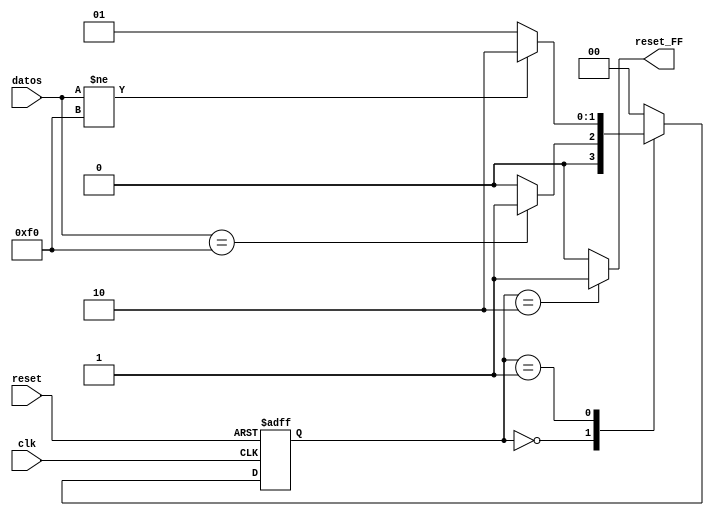
`timescale 1ns / 1ps
//////////////////////////////////////////////////////////////////////////////////
// Company: 
// Engineer: 
// 
// Design Name: 
// Module Name:    FSM_Detector_de_F0 
// Project Name: 
// Target Devices: 
// Tool versions: 
// Description: 
//
// Dependencies: 
//
// Revision: 
// Revision 0.01 - File Created
// Additional Comments: 
//
//////////////////////////////////////////////////////////////////////////////////
module FSM_Detector_de_F0(

input clk,reset,
input [7:0] datos,

output reg reset_FF

    );

localparam[1:0]

	Espera=2'b00,  ///En este estado se evaluara la variable

	Activa=2'b01,
	
	Final= 2'b10;   ////Este estado sirve para que en el proximo pulso reloj se carguen los datos que estan depues del F0

reg [1:0] estado_presente,estado_proximo;

always@(posedge clk, posedge reset)
begin
	if(reset)
		estado_presente<=Espera;

	else
		estado_presente<=estado_proximo;
end

////Parte combinacional de cambio de estado

always@*
	case(estado_presente)

		Espera:

			if(datos==8'hF0)

				estado_proximo<=Activa;    ////Se cambiara de estado hasta que la variable datos se igual a F0

			else

				estado_proximo<=Espera;


		Activa:
		
			if(datos!=8'hF0)
			
			estado_proximo<=Final;     //Si la variable datos no es igual a F0 no habra cambio de estado, de forma que  no se guarde
			                           //el dato en el FF. De forma que no se almacene en el FF el valor de F0   
			
			else
			
			estado_proximo<=Activa;

			
		Final:
		
			estado_proximo<=Espera;   //Este estado da tiempo para que en el siguiente pulso reloj se almacene en el FF el dato que
											 //se desea utilizar y uno F0


		default:

			estado_proximo<=Espera;

	endcase


always@*

	case(estado_presente)

		Espera:

			reset_FF=1'b0;

		Activa:

			reset_FF=1'b0;
			
		Final:
		
			reset_FF=1'b1;
	

		default:

			reset_FF=1'b0;


	endcase

endmodule